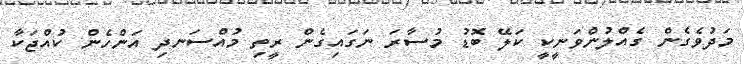
މަދުވެގެން ގެއްލުންވަނީކީ ކަލޭ ބޮޑު މުސާރަ ނަގައިގެން ރީތި މުއްސަނދި އަންހެން ކުއްޖަކާ